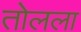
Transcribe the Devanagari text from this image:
तोलला